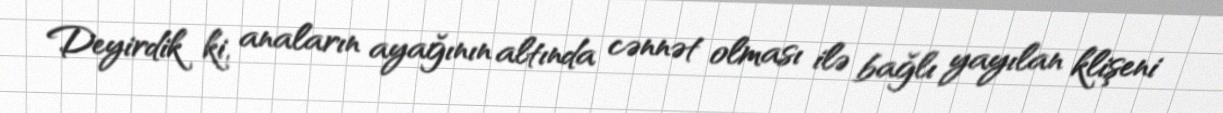
Deyirdik ki, anaların ayağının altında cənnət olması ilə bağlı yayılan klişeni